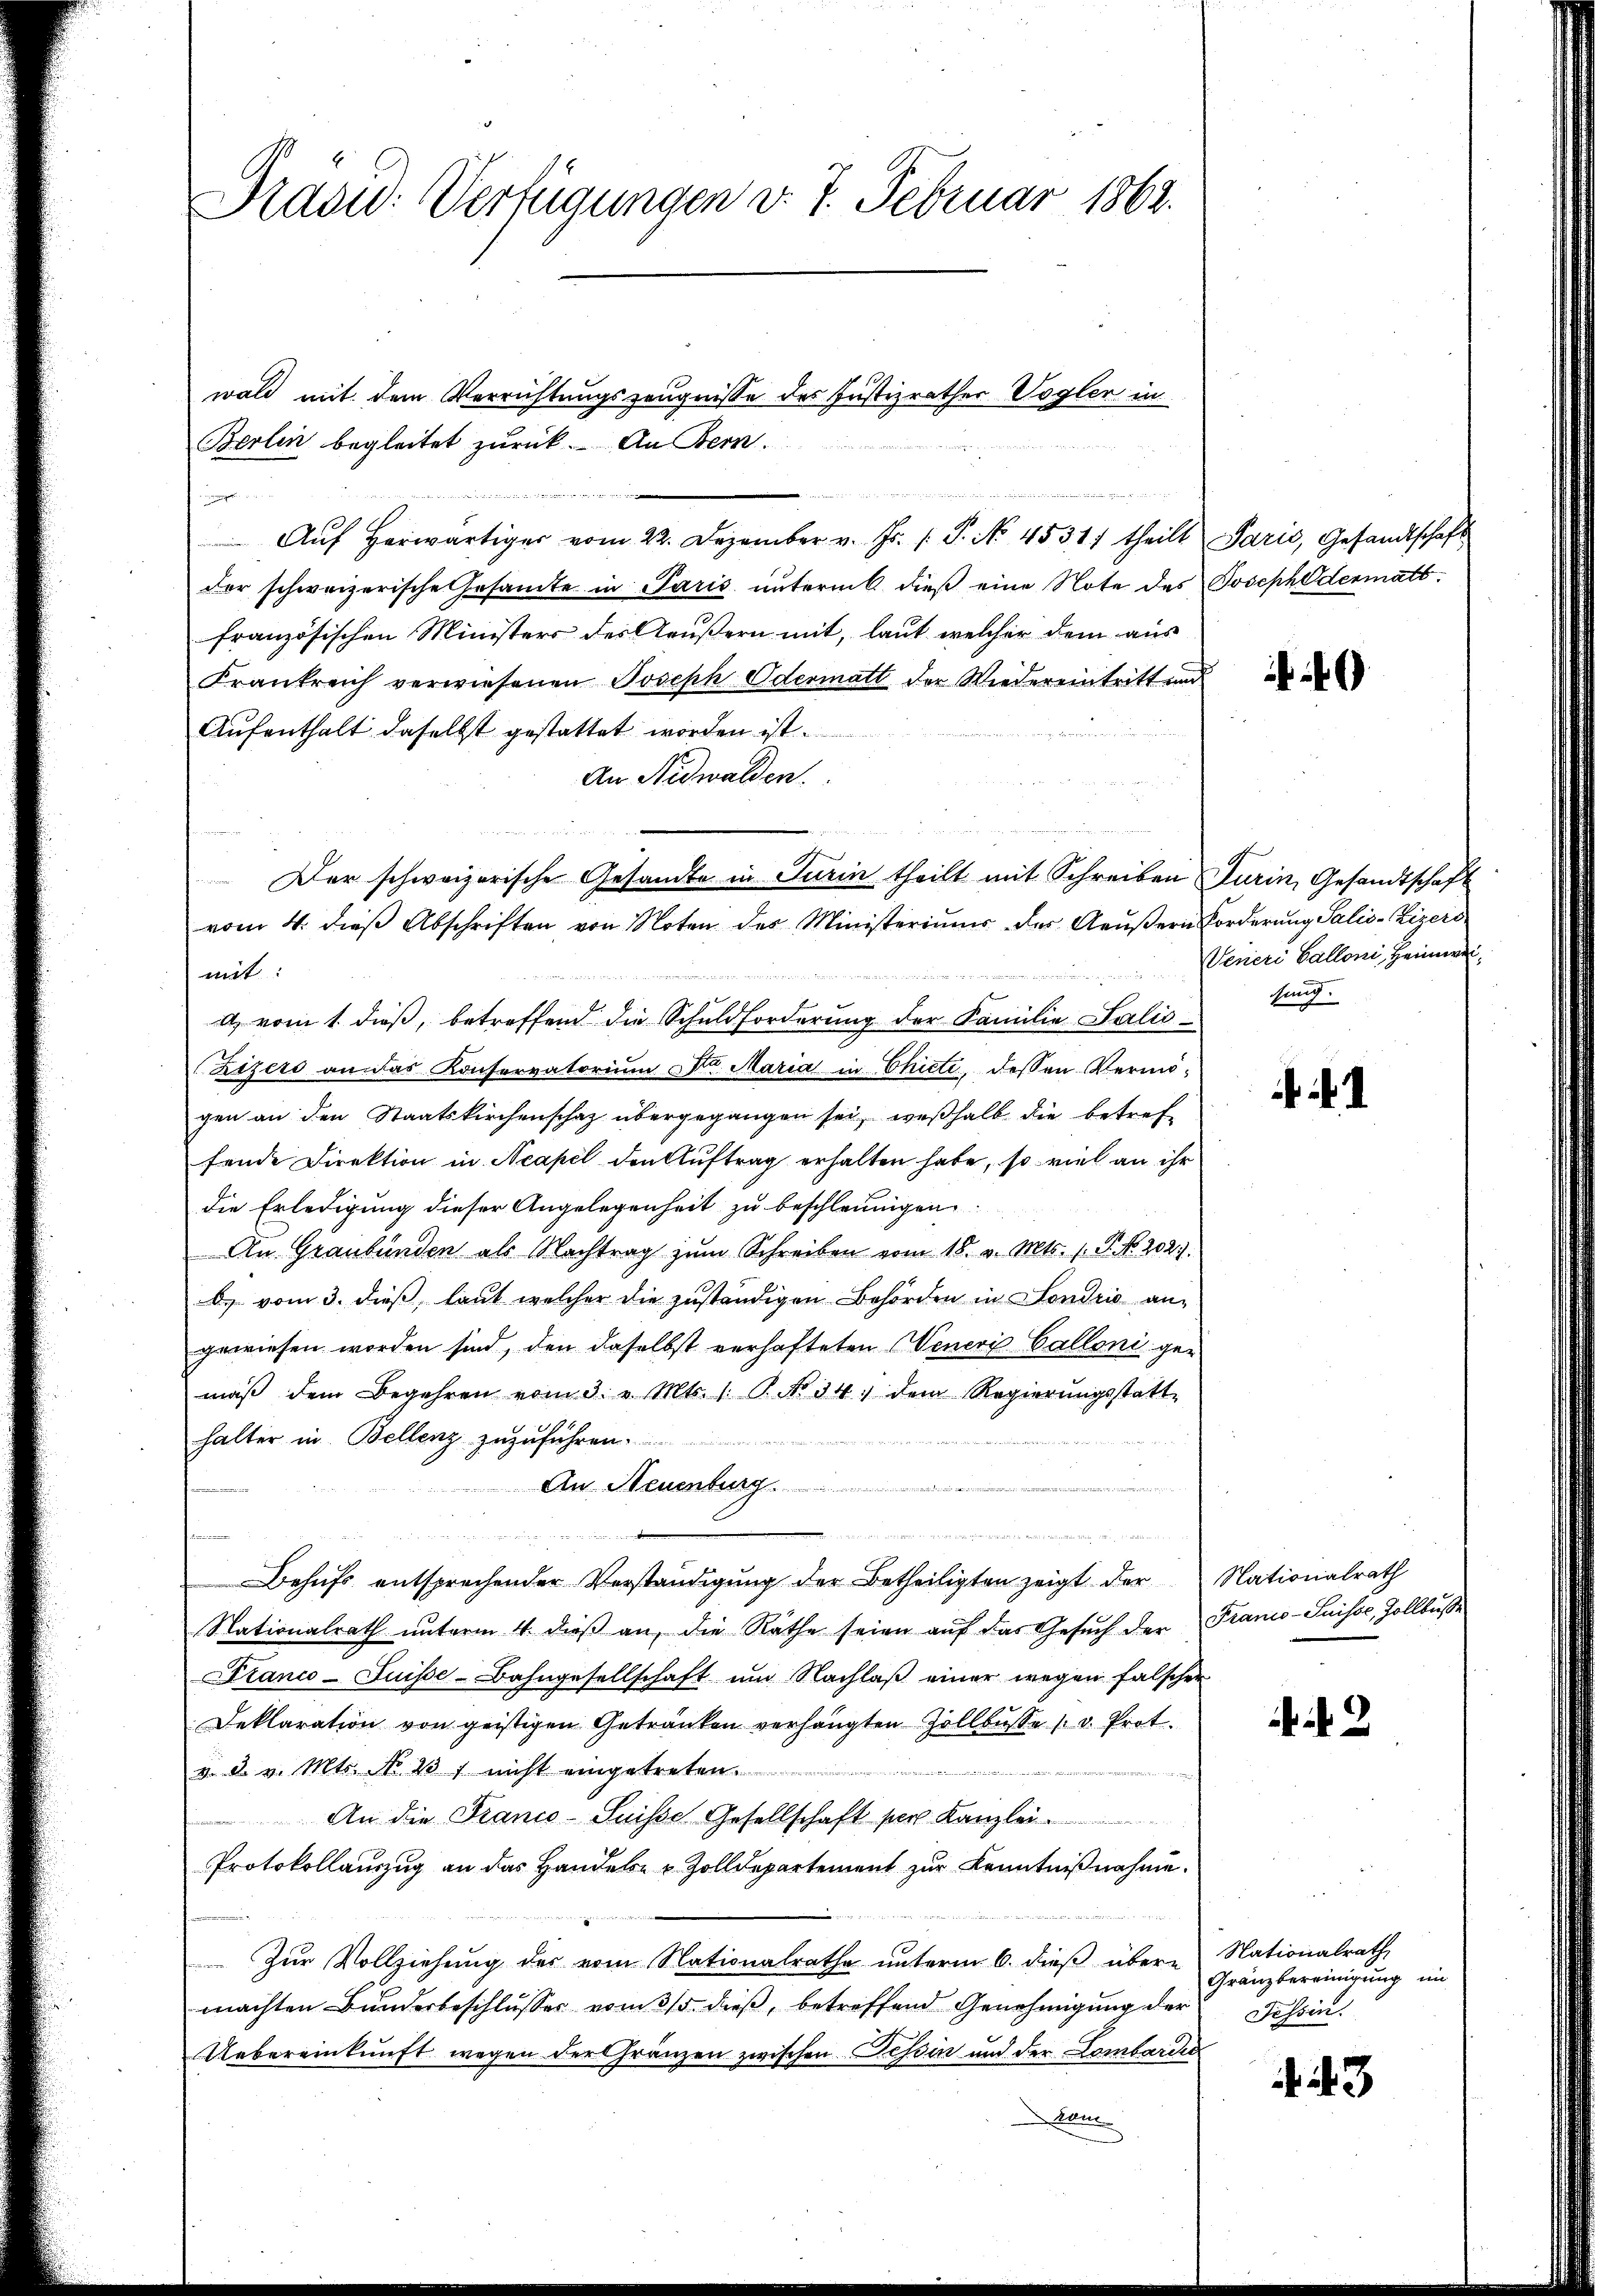
Präsid. Verfügungen v. 7. Februar 1862.

Berlin begleitet zurück. An Bern.
uin den halte
der schweizerische Gesamte in Paris untermit dieß eine Note des Josephedermatsfranzösischen Ministers des Aeußern mit, laut welcher dem aus
Frankreich verwiesenen Joseph Odermatt der Wiedereintritt und
Aŭfenthalt daselbst gestattet worden ist.
An Nidwalden.
vom 4. dieβ Abschriften von Noten des Ministeriums des Aeŭβern Forderung Salis-Zizers

mit:
) vom 1. dieß, betreffend die Schuldforderung der Familie Salis¬
Zizers an das Konservatoriŭm Dr. Maria in Chicte, dessen Vermö-
gen an den Staatskirchenschaz übergegangen sei, weßhalb die betreffende Direktion in Neapel den Auftrag erhalten habe, so viel an ihr
die Erledigung dieser Angelegenheit zu beschleunigen.
An Graubünden als Nachtrag zŭm Schreiben vom 18. v. Mts. f. P. No. 202.
b. vom 3. dieß, laut welcher die zuständigen Behörden in Sondrio angewiesen worden sind, den daselbst verhafteten Veners Calloni ge-
mäβ dem Begehren vom 3. v. Mts. 1. P. No 34. dem Regierŭngsstatt-
e
halter in Bellenz zuzuführen.
An Neuenburg
en aus eigenen meinen, und mir man einen eine
Behufs entsprechender Verständigung der Betheiligten zeigt der Nationalrath
Stationalrath ŭnterm 4. dieβ an, die Räthe seien auf das Gesŭch der Franco-Suisse, Zollbuße
Franco-Suisse-Bahngesellschaft um Nachlaß einer wegen falscher
Deklaration von geistigen Getränken verhängten Zollbŭsse (v. Prot.
v. d. v. Mts. No 137 nicht eingetreten.
An die Franco-Suisse Gesellschaft per Kanzlei
Protokollauszug an das Handeln u. Zolldepartement zur Kenntnißnahme.
Zŭr Vollziehung der vom Nationalrathe unterm 6. dieß übere Nationalrath
machten Bunderbeschlusser vom 3/5 dieß, betreffend Genehmigung der
Uebereinkunft wegen der Gränzen zwischen Tessin und der Lombarder
kane

wald mit dem Verrichtungszeugnisse des Justizrathes Vogler in
u
Aŭf herwärtiger vom 22. Dezember v. Js. s. S. No. 4531. theilt Paris, Gesandtschaft

Der schweizerische Gesandte in Turin theilt mit Schreiben Turin, Gesandtschaft

Venieri Valloni, Heimweisung.

2

Gränzbereinigung im
Fessen.

3